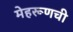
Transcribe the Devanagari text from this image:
मेहरूणची